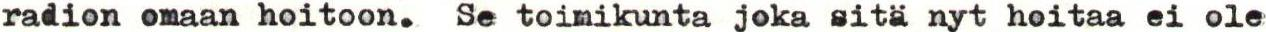
radion omaan hoitoon. Se toimikunta joka sitä nyt hoitaa ei ole